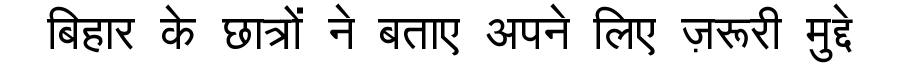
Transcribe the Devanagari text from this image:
बिहार के छात्रों ने बताए अपने लिए ज़रूरी मुद्दे